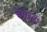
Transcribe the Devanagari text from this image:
कैथेद्रल